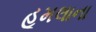
હૂમલાના